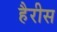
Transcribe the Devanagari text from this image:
हैरीस